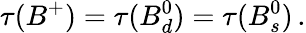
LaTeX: \tau(B^{+})=\tau(B_{d}^{0})=\tau(B_{s}^{0})\, .